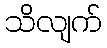
သိလျက်